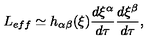
L _ { e f f } \simeq h _ { \alpha \beta } ( \xi ) \frac { d \xi ^ { \alpha } } { d \tau } \frac { d \xi ^ { \beta } } { d \tau } ,